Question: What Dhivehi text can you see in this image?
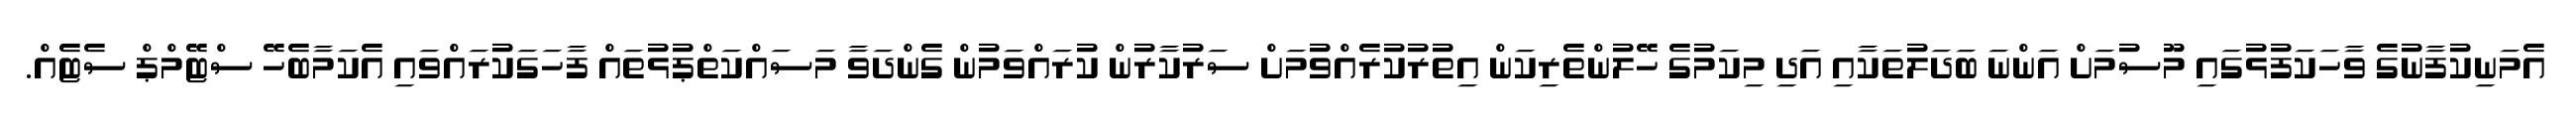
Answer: އެމަނިކުފާނުގެ ވާހަކަފުޅުގައި މޫސުމަށް އަންނަ ބަދަލުތަކާއި އަދި މިކަމުގެ ހޭލުންތެރިކަން އިތުރުކުރެއްވުމަށް ސަރުކާރުން ކުރައްވަމުން ގެންދަވާ މަސައްކަތްޕުޅުތައް ފާހަގަކުރައްވައި އެކަމާބެހޭ ސްޓޭމްޕް ސެޓެއް.